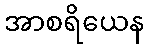
အာစရိယေန